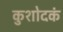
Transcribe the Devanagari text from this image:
कुशोदकं